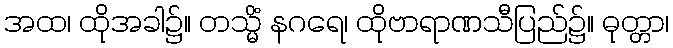
အထ၊ ထိုအခါ၌။ တသ္မိံ နဂရေ၊ ထိုဗာရာဏသီပြည်၌။ ဓုတ္တာ၊